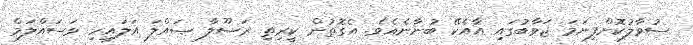
ސުވާލުކޮށްފިނަމަ ޖަވާބުގައި އާއެކޭ ބުނާނެއެވެ. އެގޮތުން ކީރިތި ރަސޫލާ ޞައްލަ އަލައިހި ވަސައްލަމް